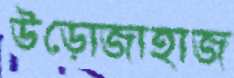
উড়োজাহাজ